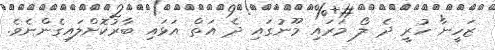
ޒަހީނާ ހުރީ ދެ ލޯ މަރައި މޫނުގައި ދެ އަތް އަޅައި ބާރުކޮށްލައިގެންނެވެ.